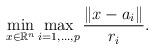
LaTeX: \begin{align*}\min_{x\in\Bbb R^n}\max_{i=1,\ldots,p}\frac{\|x-a_{i}\|}{r_{i}}. \end{align*}